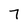
Character: 7